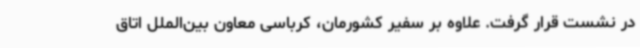
در نشست قرار گرفت. علاوه بر سفیر کشورمان، کرباسی معاون بین‌الملل اتاق